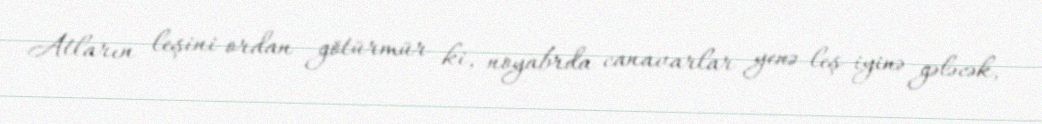
Atların leşini ordan götürmür ki, noyabrda canavarlar yenə leş iyinə gələcək,